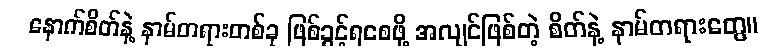
နောက်စိတ်နဲ့ နာမ်တရားတစ်ခု ဖြစ်ခွင့်ရစေဖို့ အလျင်ဖြစ်တဲ့ စိတ်နဲ့ နာမ်တရားတွေ။